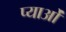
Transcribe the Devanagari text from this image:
प्याओं